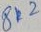
Text: 812